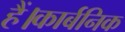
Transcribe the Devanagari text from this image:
हैं।कार्बनिक